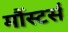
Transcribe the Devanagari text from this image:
मौंस्टर्स